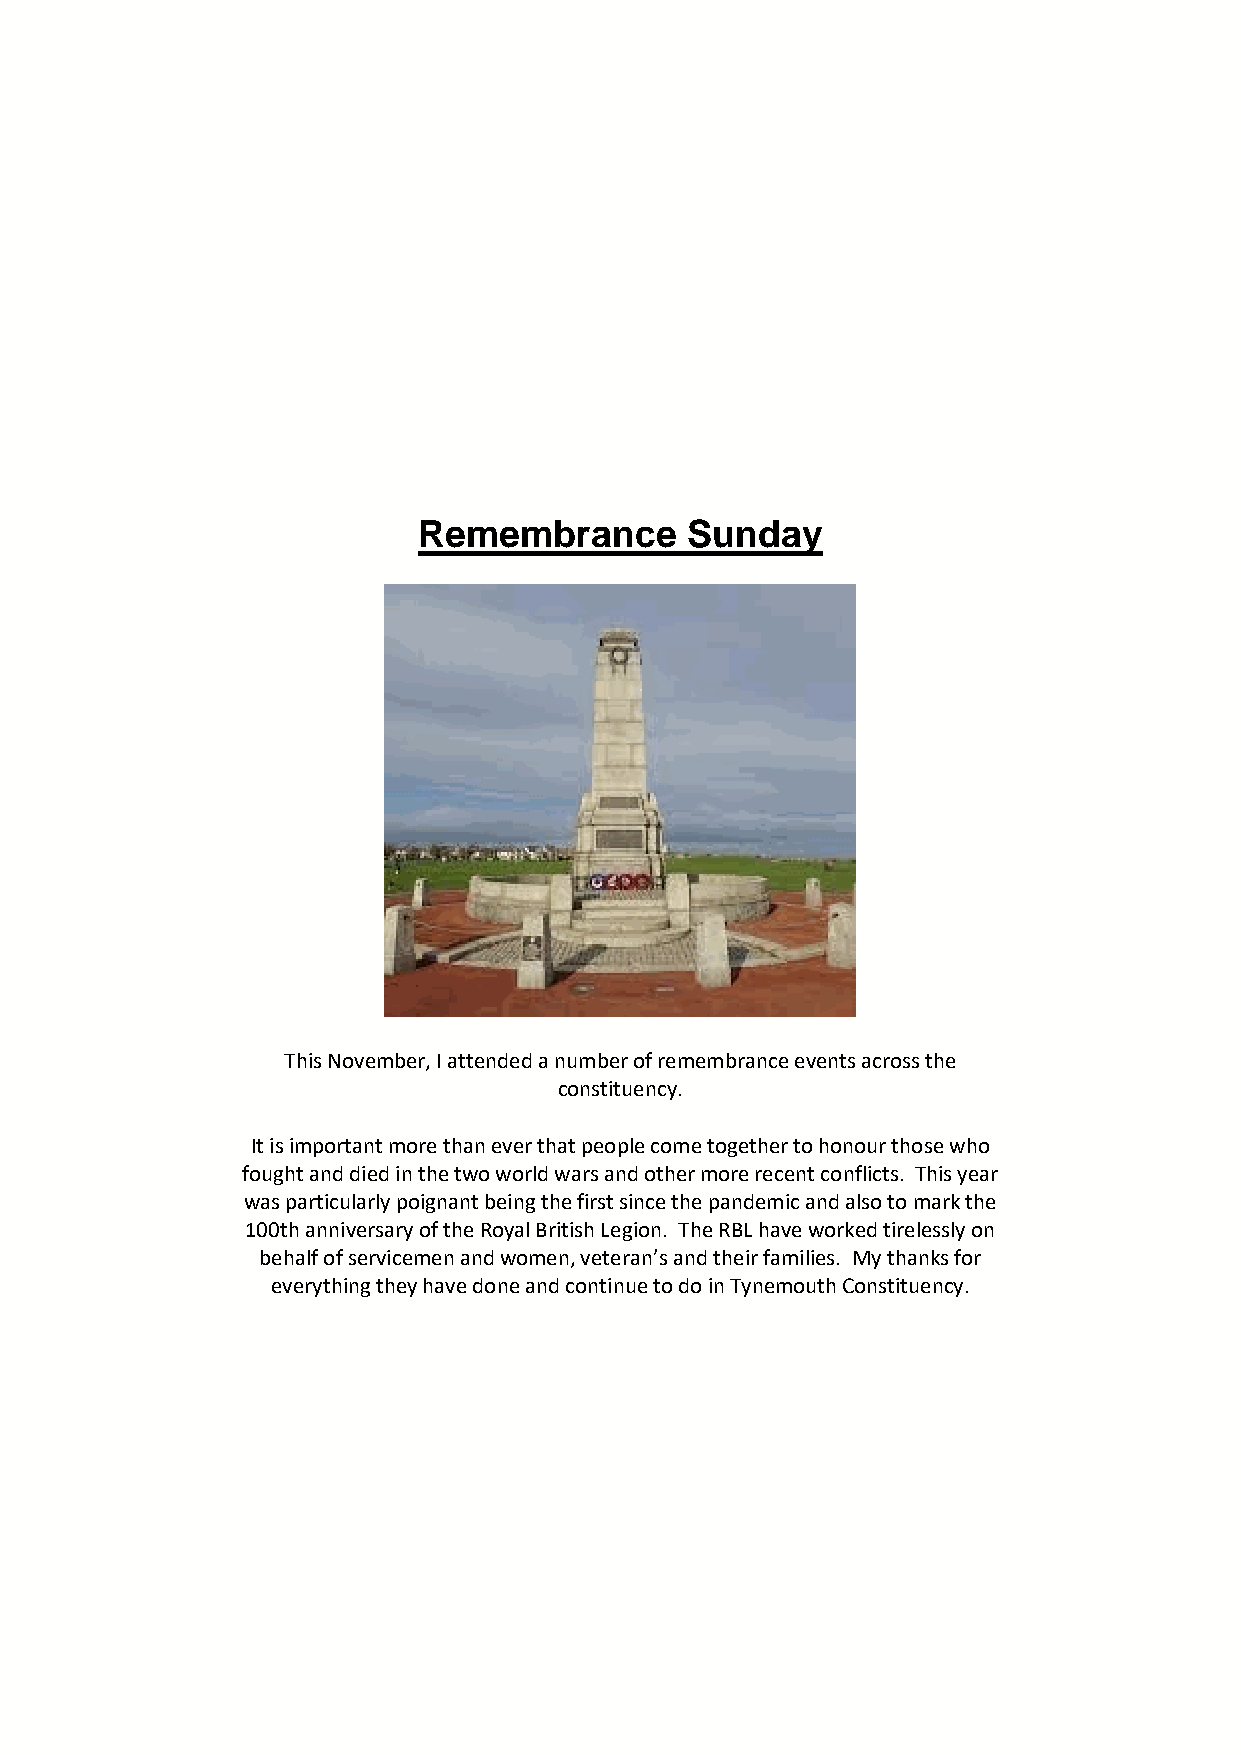
Remembrance      Sunday
 This November, I attended a number of remembrance events across the
 constituency.
 It is important more than ever that people come together to honour those who
 fought and died in the two world wars and other more recent conflicts. This year
 was particularly poignant being the first since the pandemic and also to mark the
 100th anniversary of the Royal British Legion. The RBL have worked tirelessly on
 behalf of servicemen and women, veteran’s and their families. My thanks for
 everything they have done and continue to do in Tynemouth Constituency.